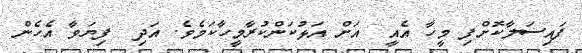
ފައިސަލާކޮށްފި މީހާ އެއީ  އަށް އަޅުކަންކުރާމީހާކަމެވެ. އަދި  ފިޔަވާ އެހެން